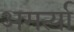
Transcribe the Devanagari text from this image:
अमर्त्या